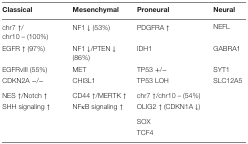
<table><thead><tr><td><b>Classical</b></td><td><b>Mesenchymal</b></td><td><b>Proneural</b></td><td><b>Neural</b></td></tr></thead><tbody><tr><td>chr7 ↑/chr10 – (100%)</td><td>NF1 ↓ (53%)</td><td>PDGFRA ↑</td><td>NEFL</td></tr><tr><td>EGFR ↑ (97%)</td><td>NF1 ↓/PTEN ↓ (86%)</td><td>IDH1</td><td>GABRA1</td></tr><tr><td>EGFRvIII (55%)</td><td>MET</td><td>TP53 +/−</td><td>SYT1</td></tr><tr><td>CDKN2A −/−</td><td>CHI3L1</td><td>TP53 LOH</td><td>SLC12A5</td></tr><tr><td>NES ↑/Notch ↑</td><td>CD44 ↑/MERTK ↑</td><td>chr7 ↑/chr10 – (54%)</td><td>[EMPTY_CELL]</td></tr><tr><td>SHH signaling ↑</td><td>NFκB signaling ↑</td><td>OLIG2 ↑ (CDKN1A ↓)</td><td>[EMPTY_CELL]</td></tr><tr><td>[EMPTY_CELL]</td><td>[EMPTY_CELL]</td><td>SOX</td><td>[EMPTY_CELL]</td></tr><tr><td>[EMPTY_CELL]</td><td>[EMPTY_CELL]</td><td>TCF4</td><td>[EMPTY_CELL]</td></tr></tbody></table>